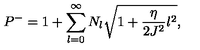
P ^ { - } = 1 + \sum _ { l = 0 } ^ { \infty } N _ { l } \sqrt { 1 + \frac { \eta } { 2 J ^ { 2 } } l ^ { 2 } } ,